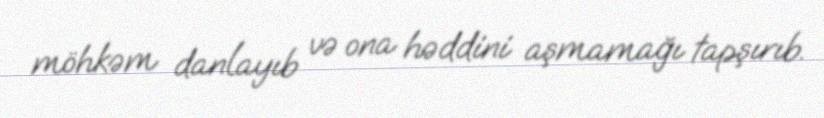
möhkəm danlayıb və ona həddini aşmamağı tapşırıb.